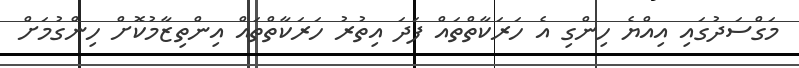
މަގްސަދުގައި އިއްޔެ ހިންގި އެ ހަރަކާތްތައް ފަދަ އިތުރު ހަރަކާތްތައް އިންތިޒާމުކޮށް ހިންގުމަށް